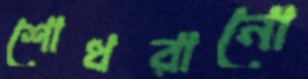
শোধরানো